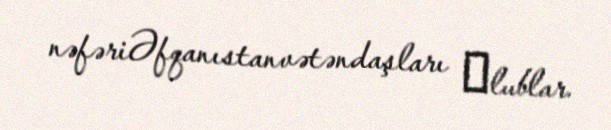
nəfəriƏfqanıstanvətəndaşları оlublar.